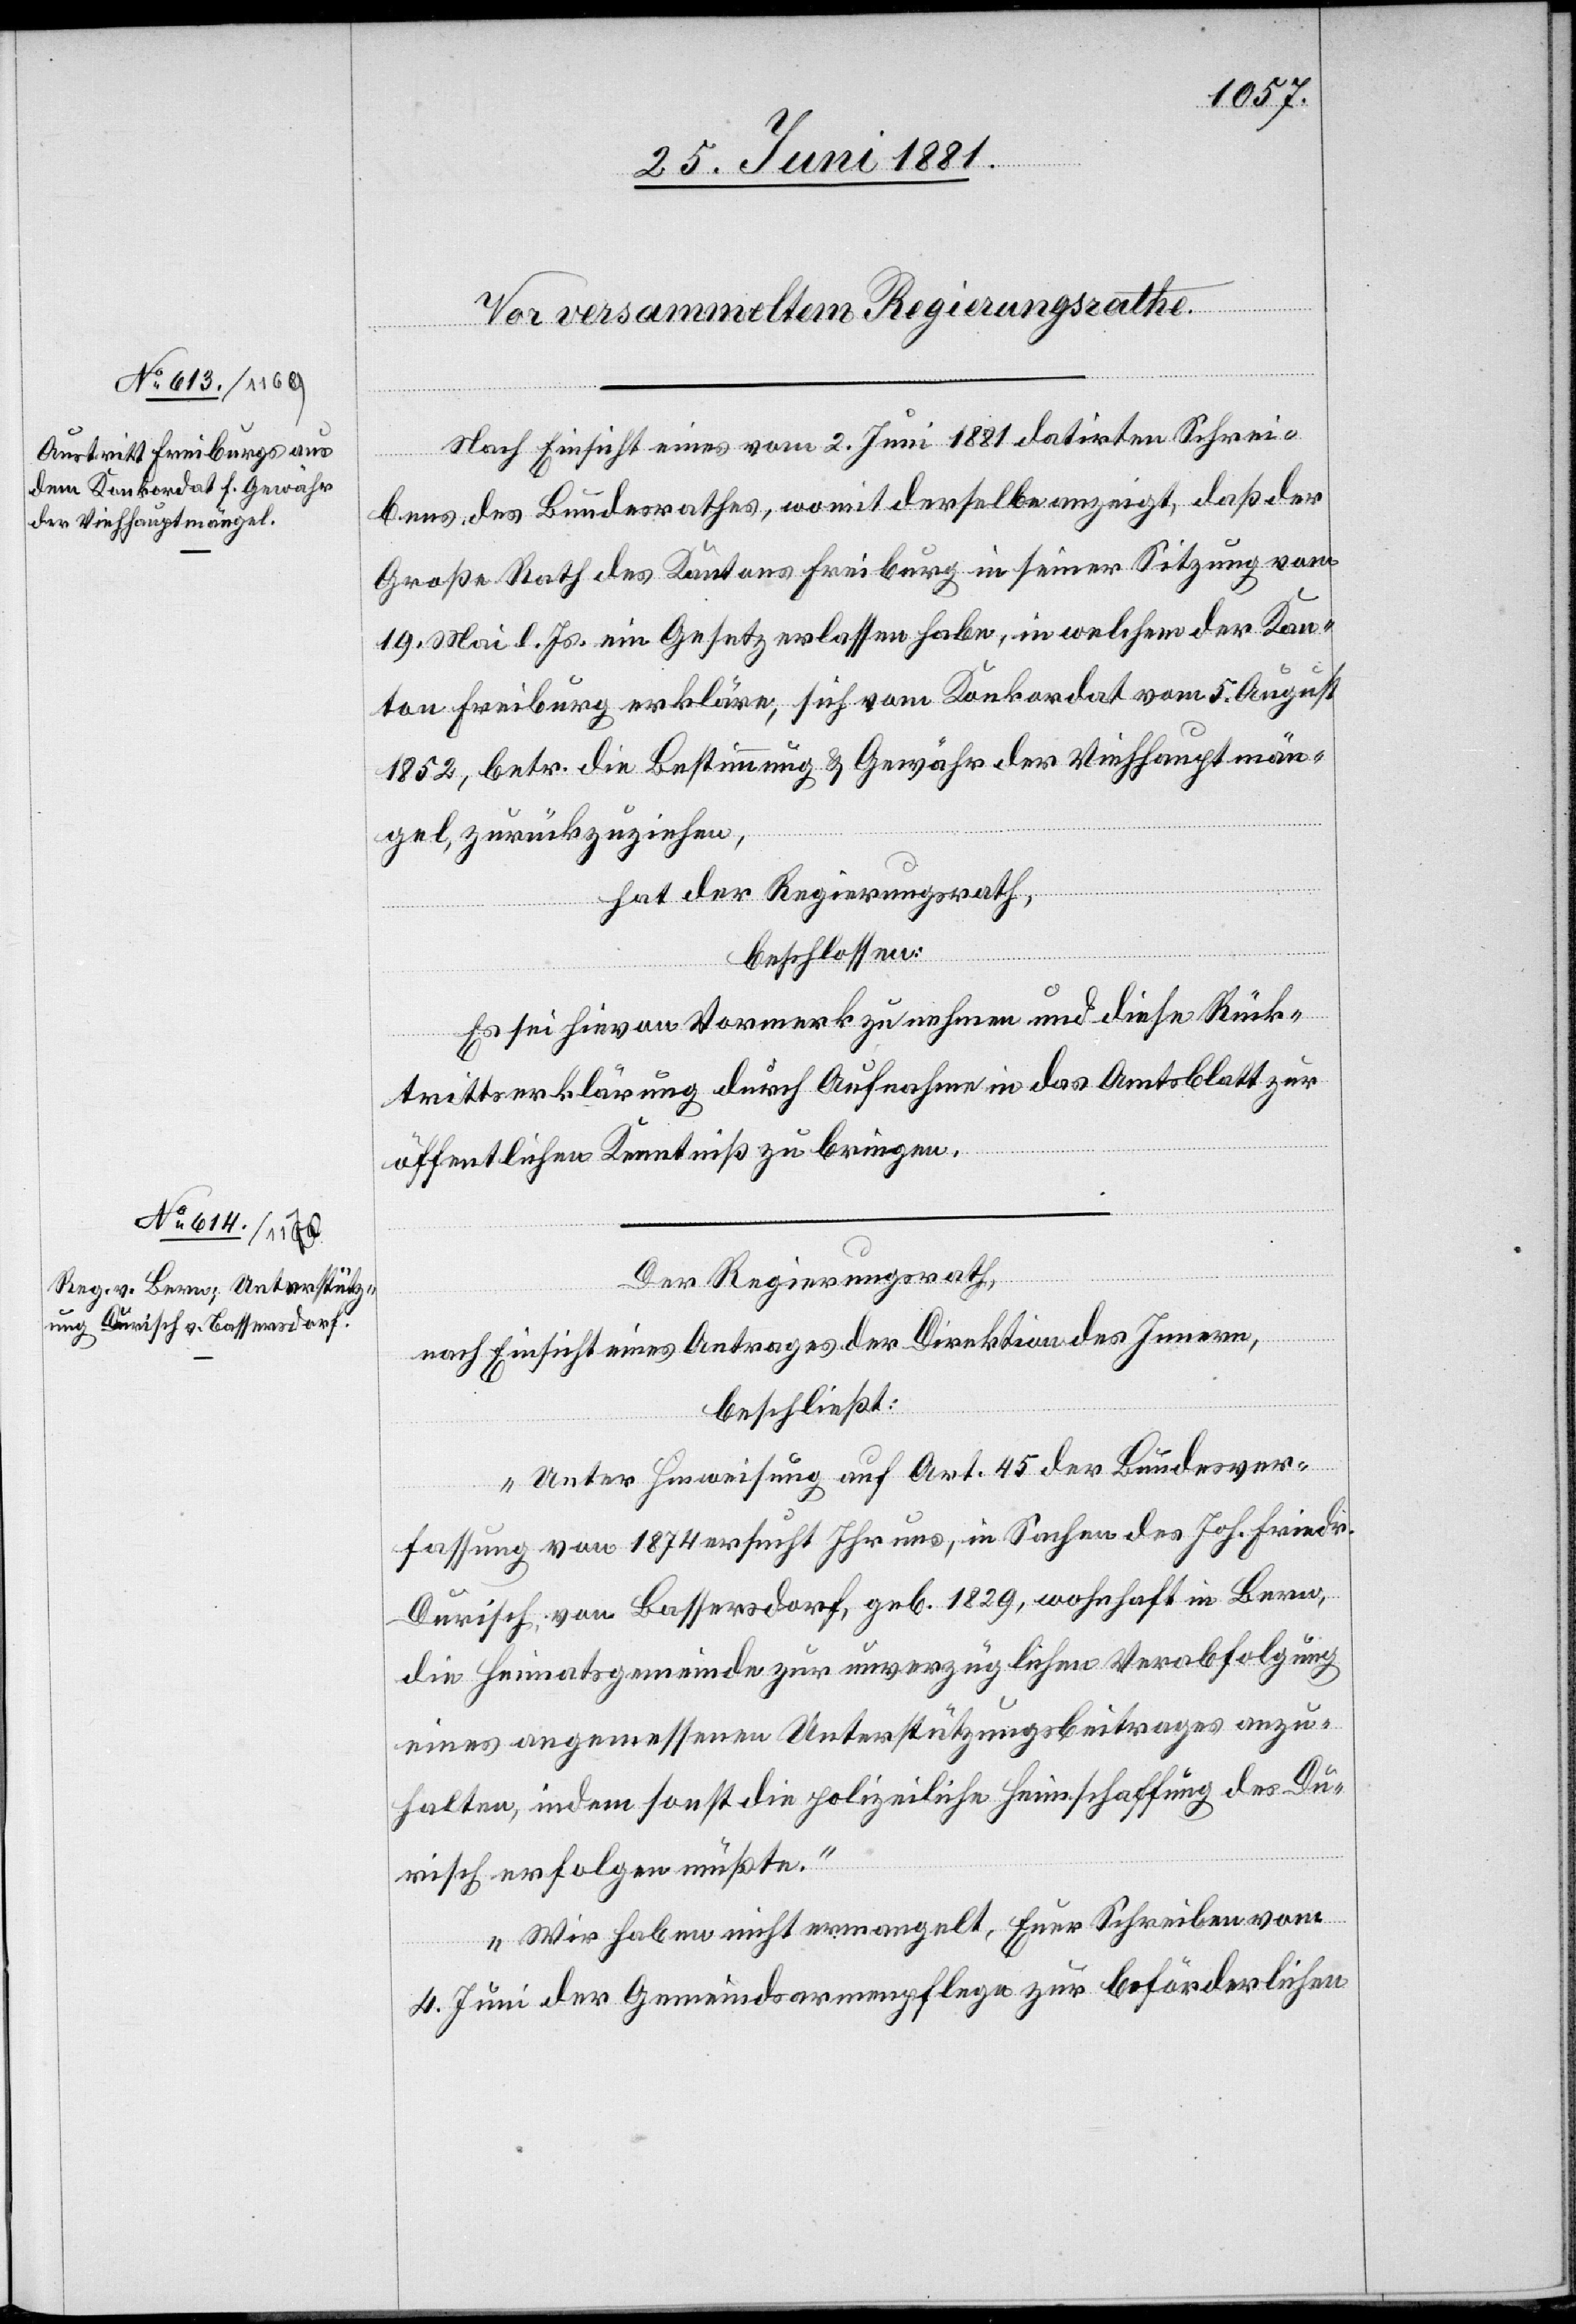
Nach Einsicht eines vom 2. Juni 1881 datirten Schrei¬
bens des Bundesrathes, womit derselbe anzeigt, daß der
Große Rath des Kantons Freiburg in seiner Sitzung vom
19. Mai l. Js. ein Gesetz erlassen habe, in welchem der Kan¬
ton Freiburg erkläre, sich vom Konkordat vom 5. August
1852, betr. die Bestimmung & Gewähr der Viehhauptmän¬
gel, zurückzuziehen,
hat der Regierungsrath,
beschlossen:
Es sei hievon Vormerk zu nehmen und diese Rück¬
trittserklärung durch Aufnahme in das Amtsblatt zur
öffentlichen Kenntniß zu bringen.
Der Regierungsrath,
nach Einsicht eines Antrages der Direktion des Innern,
beschließt:
„Unter Hinweisung auf Art. 45 der Bundesver¬
fassung von 1874 ersucht Ihr uns, in Sachen des Joh. Friedr.
Durisch von Bassersdorf, geb. 1829, wohnhaft in Bern,
die Heimatsgemeinde zur unverzüglichen Verabfolgung
eines angemessenen Unterstützungsbeitrages anzu¬
halten, indem sonst die polizeiliche Heimschaffung des Du¬
risch erfolgen müßte.
Wir haben nicht ermangelt, Euer Schreiben vom
4. Juni der Gemeindsarmenpflege zur beförderlichen